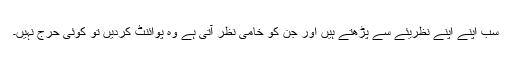
سب اپنے اپنے نظریئے سے پڑھتے ہیں اور جن کو خامی نظر آتی ہے وہ پوائنٹ کردیں تو کوئی حرج نہیں۔